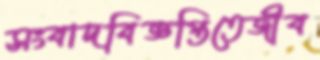
সংবাদবিজ্ঞপ্তিতেজীব